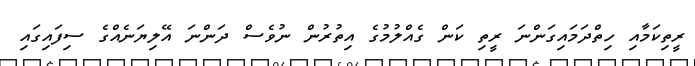
ރީތިކަމާއި ހިތްދަމައިގަންނަ ރީތި ކަން ގެއްލުމުގެ އިތުރުން ނުވެސް ދަންނަ އޭލިޔަނެއްގެ ސިފައިގައި